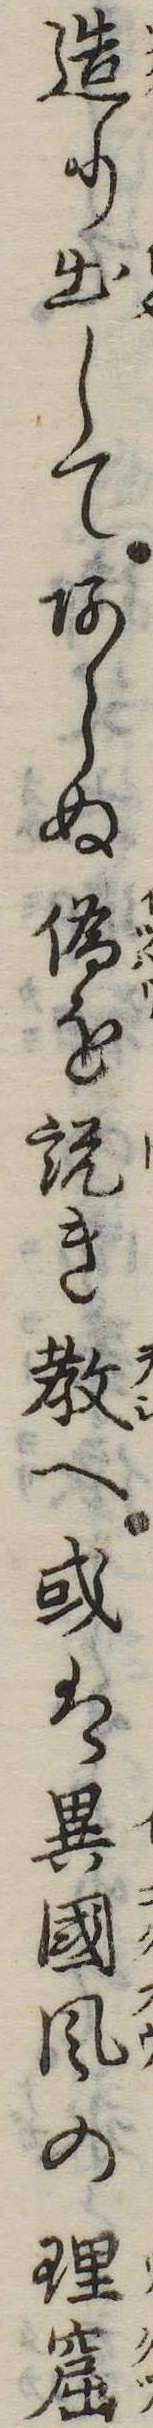
造り出してあらぬ偽を説き教へ或は異国風の理窟